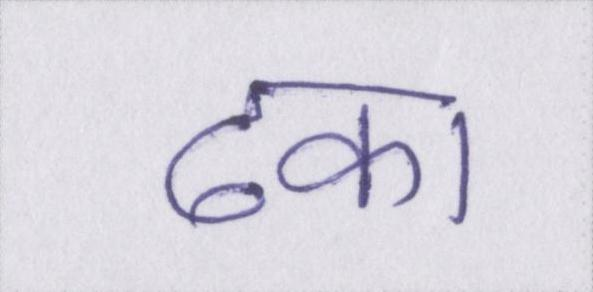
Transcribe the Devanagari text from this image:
ढका